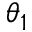
\theta _ { 1 }